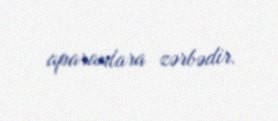
aparanlara zərbədir.